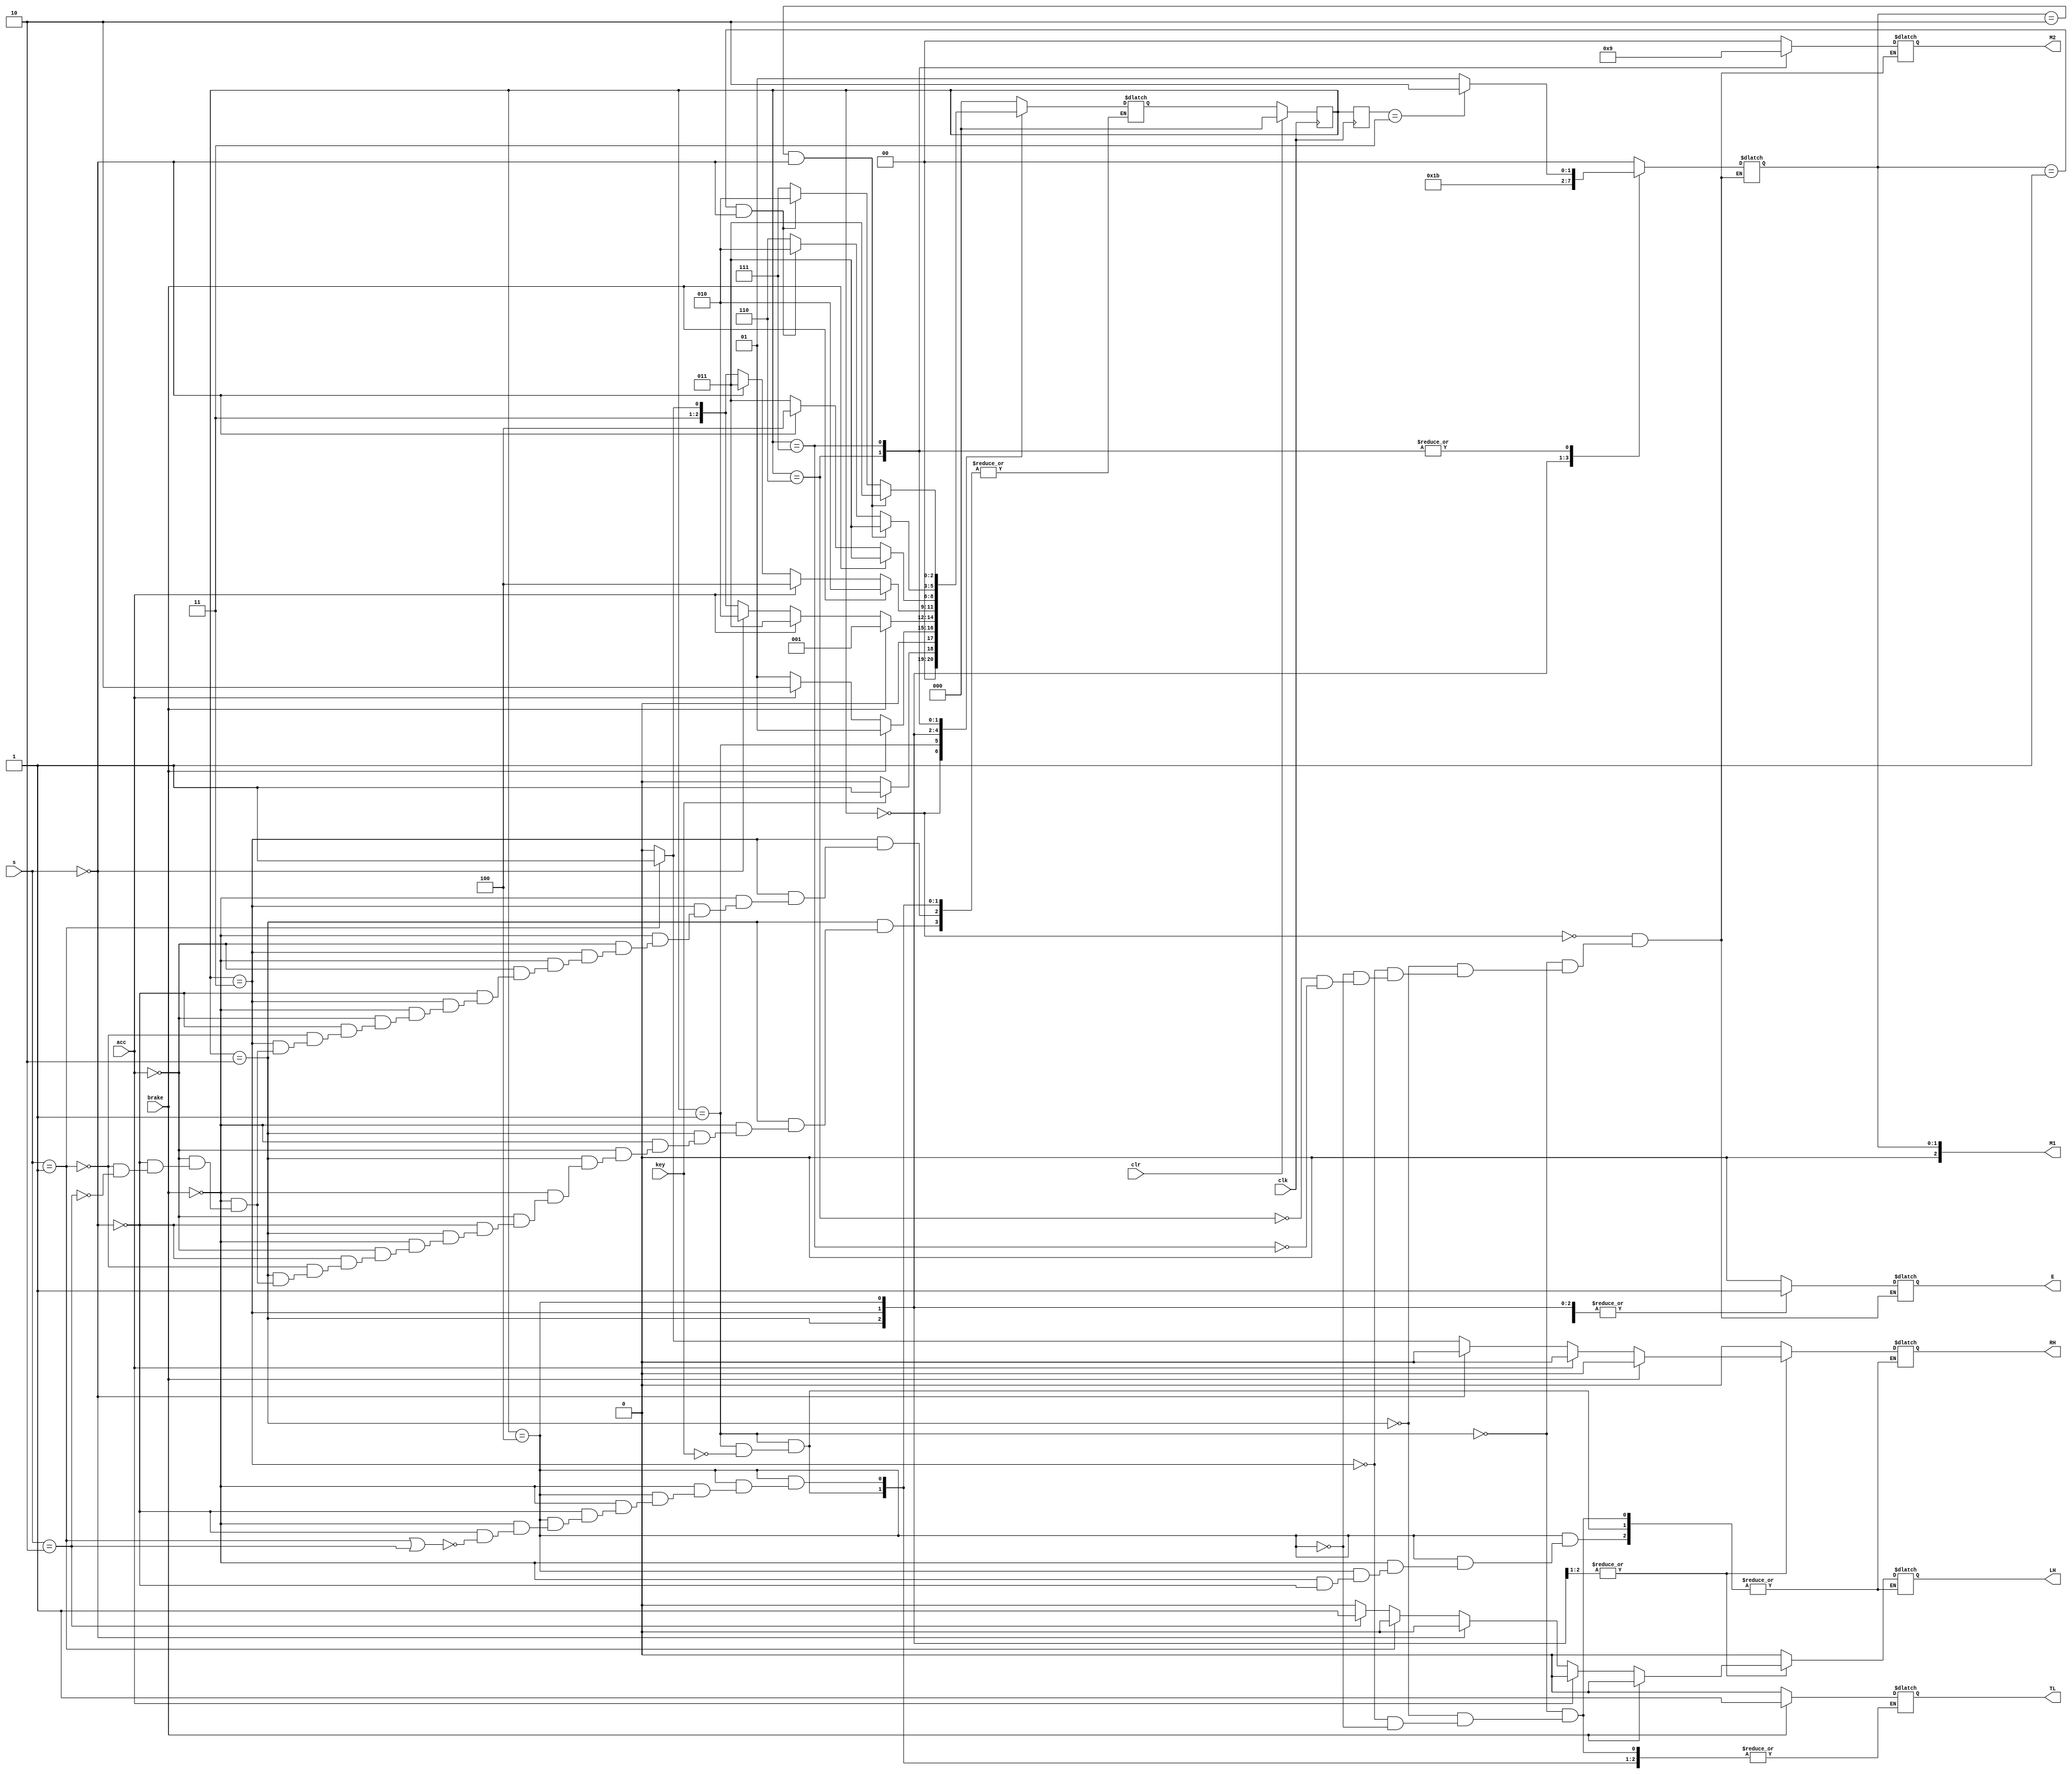
`define toLR 3
`define speedUD 5
`define False 1'b0
`define True 1'b1

module Control_Car(E,TL,RH,LH,M1,M2,key,brake,acc,clk,clr,s);
output reg[2:0] M1;
output reg[1:0] M2;
output reg E,TL,RH,LH;

input key,brake,acc,clk,clr;
input [1:0] s;

parameter stop=3'd0;
parameter slow=3'd1;
parameter med=3'd2;
parameter high=3'd3;

parameter straight=2'd0;
parameter right=2'd1;
parameter left=2'd2;

parameter s0=3'd0; 
parameter s1=3'd1; 
parameter s2=3'd2; 
parameter s3=3'd3; 
parameter s4=3'd4; 
parameter s5=3'd5; 
parameter s6=3'd6; 
parameter s7=3'd7;

reg [2:0] state, next_state,prvs_state;
initial begin
	state=s0;
	E=`False;
	M1=stop;
	M2=straight;
end

always @(posedge clk)
	if(clr)
		begin prvs_state=state;state=s0; end
	else
		begin prvs_state=state;state=next_state;end

always @(state)
	begin
	case(state)
		s0: begin
			E=`False;
			M1=stop;
			M2=straight;

		    end
		s1: begin
			E=`True;
			M1=stop;
			M2=straight;

		    end
		s2: begin
			E=`True;
			M1=slow;
			M2=straight;

		    end
		s3: begin
			E=`True;
			M1=med;
			M2=straight;

		    end
		s4: begin
			E=`True;
			M1=high;
			M2=straight;

		    end
		/*s5: begin
			E=`True;
			M1=rev;
			M2=straight;
			TL=`False;
			RH=`False;
			LH=`False;
		    end*/
		s6: begin
			E=`True;

			M2=left;
			if (prvs_state==s3)
				M1=med;
			else
				M1=slow;


		    end
		s7: begin
			E=`True;

			M2=right;
			if (prvs_state==s3)
				M1=med;
			else
				M1=slow;

		    end
	endcase
	end

always @(state or key or brake or acc or s)
 begin 
	case (state)
		s0: if(key)
			next_state=s1;
		    else
			next_state=s0;
		s1: if(key)
			if(brake) 
				begin {RH,TL,LH} = 3'b010; next_state=s1; end
			else if (!acc) begin	
				next_state=s1; 
				{RH,TL,LH} = 3'b000;end
			else
				begin next_state=s2; 
				{RH,TL,LH} = 3'b000;end

		s2: if(brake)
				begin {RH,TL,LH} = 3'b010; next_state=s1; end
			else if (acc==0)
				begin {RH,TL,LH} = 3'b000;
			if(s==0) 	
					next_state=s2; 
			else if(s==1) 
					begin {RH,TL,LH} = 3'b100; next_state=s7;end
				else if(s==2)
					begin {RH,TL,LH} = 3'b001; next_state=s6;end end
			else 
				begin {RH,TL,LH} = 3'b000; next_state=s3;end 
		s3: if(brake)
			begin {RH,TL,LH} = 3'b010; /*repeat(`speedUD)@(posedge clk);*/next_state=s2; end
		    else if(acc==0)
			begin {RH,TL,LH} = 3'b000; if(s==0)
				next_state=s3;
			else if(s==1)
				begin {RH,TL,LH} = 3'b100; next_state=s7; end
			else if(s==2)
				begin {RH,TL,LH} = 3'b001; next_state=s6; end end
		    else 
			begin {RH,TL,LH} = 3'b000; next_state=s4;end 
		s4: if(brake) 
			begin {RH,TL,LH} = 3'b010; /*repeat(`speedUD)@(posedge clk);*/next_state=s3; end
		    else if(s==0) begin	
					{RH,TL,LH} = 3'b000; next_state=s4; end
			else if(s==1 || s==2) 
					begin   TL=`False; next_state=s3;end
		/*s5: if(acc && RG)
				begin next_state=s5; end
		    else if(acc==0 && RG) 
				M1=stop;
		    else 
			begin TL=`False; next_state=s1; end*/
		s6: if(M1==med&&s==0)
			next_state=s3;
		else if(M1==slow&&s==0)
			next_state=s2;
		    else
			next_state=s6;
		s7: if(M1==med&&s==0)
			next_state=s3;
		else if(M1==slow&&s==0)
			next_state=s2;
		    else
			next_state=s7;
		
		default: next_state=s0;
	endcase
end


endmodule